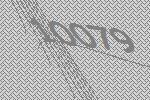
10079